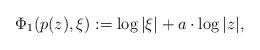
\begin{align*}\Phi_1(p(z), \xi) := \log|\xi|+a\cdot \log|z|, \end{align*}